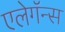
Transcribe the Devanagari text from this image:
एलेगॅन्स